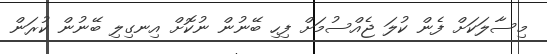
މިސާލަކަށް ފެން ކުލަ ޖެއްސުމަށް ފިހި ބޭނުން ނުކޮށް އިނގިލި ބޭނުން ކުރަން